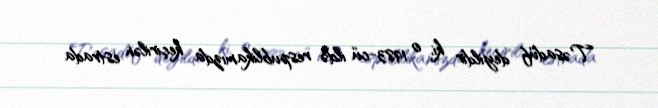
Təsadüf deyildir ki, o 1983-cü ildə respublikamızda keçirilən estrada